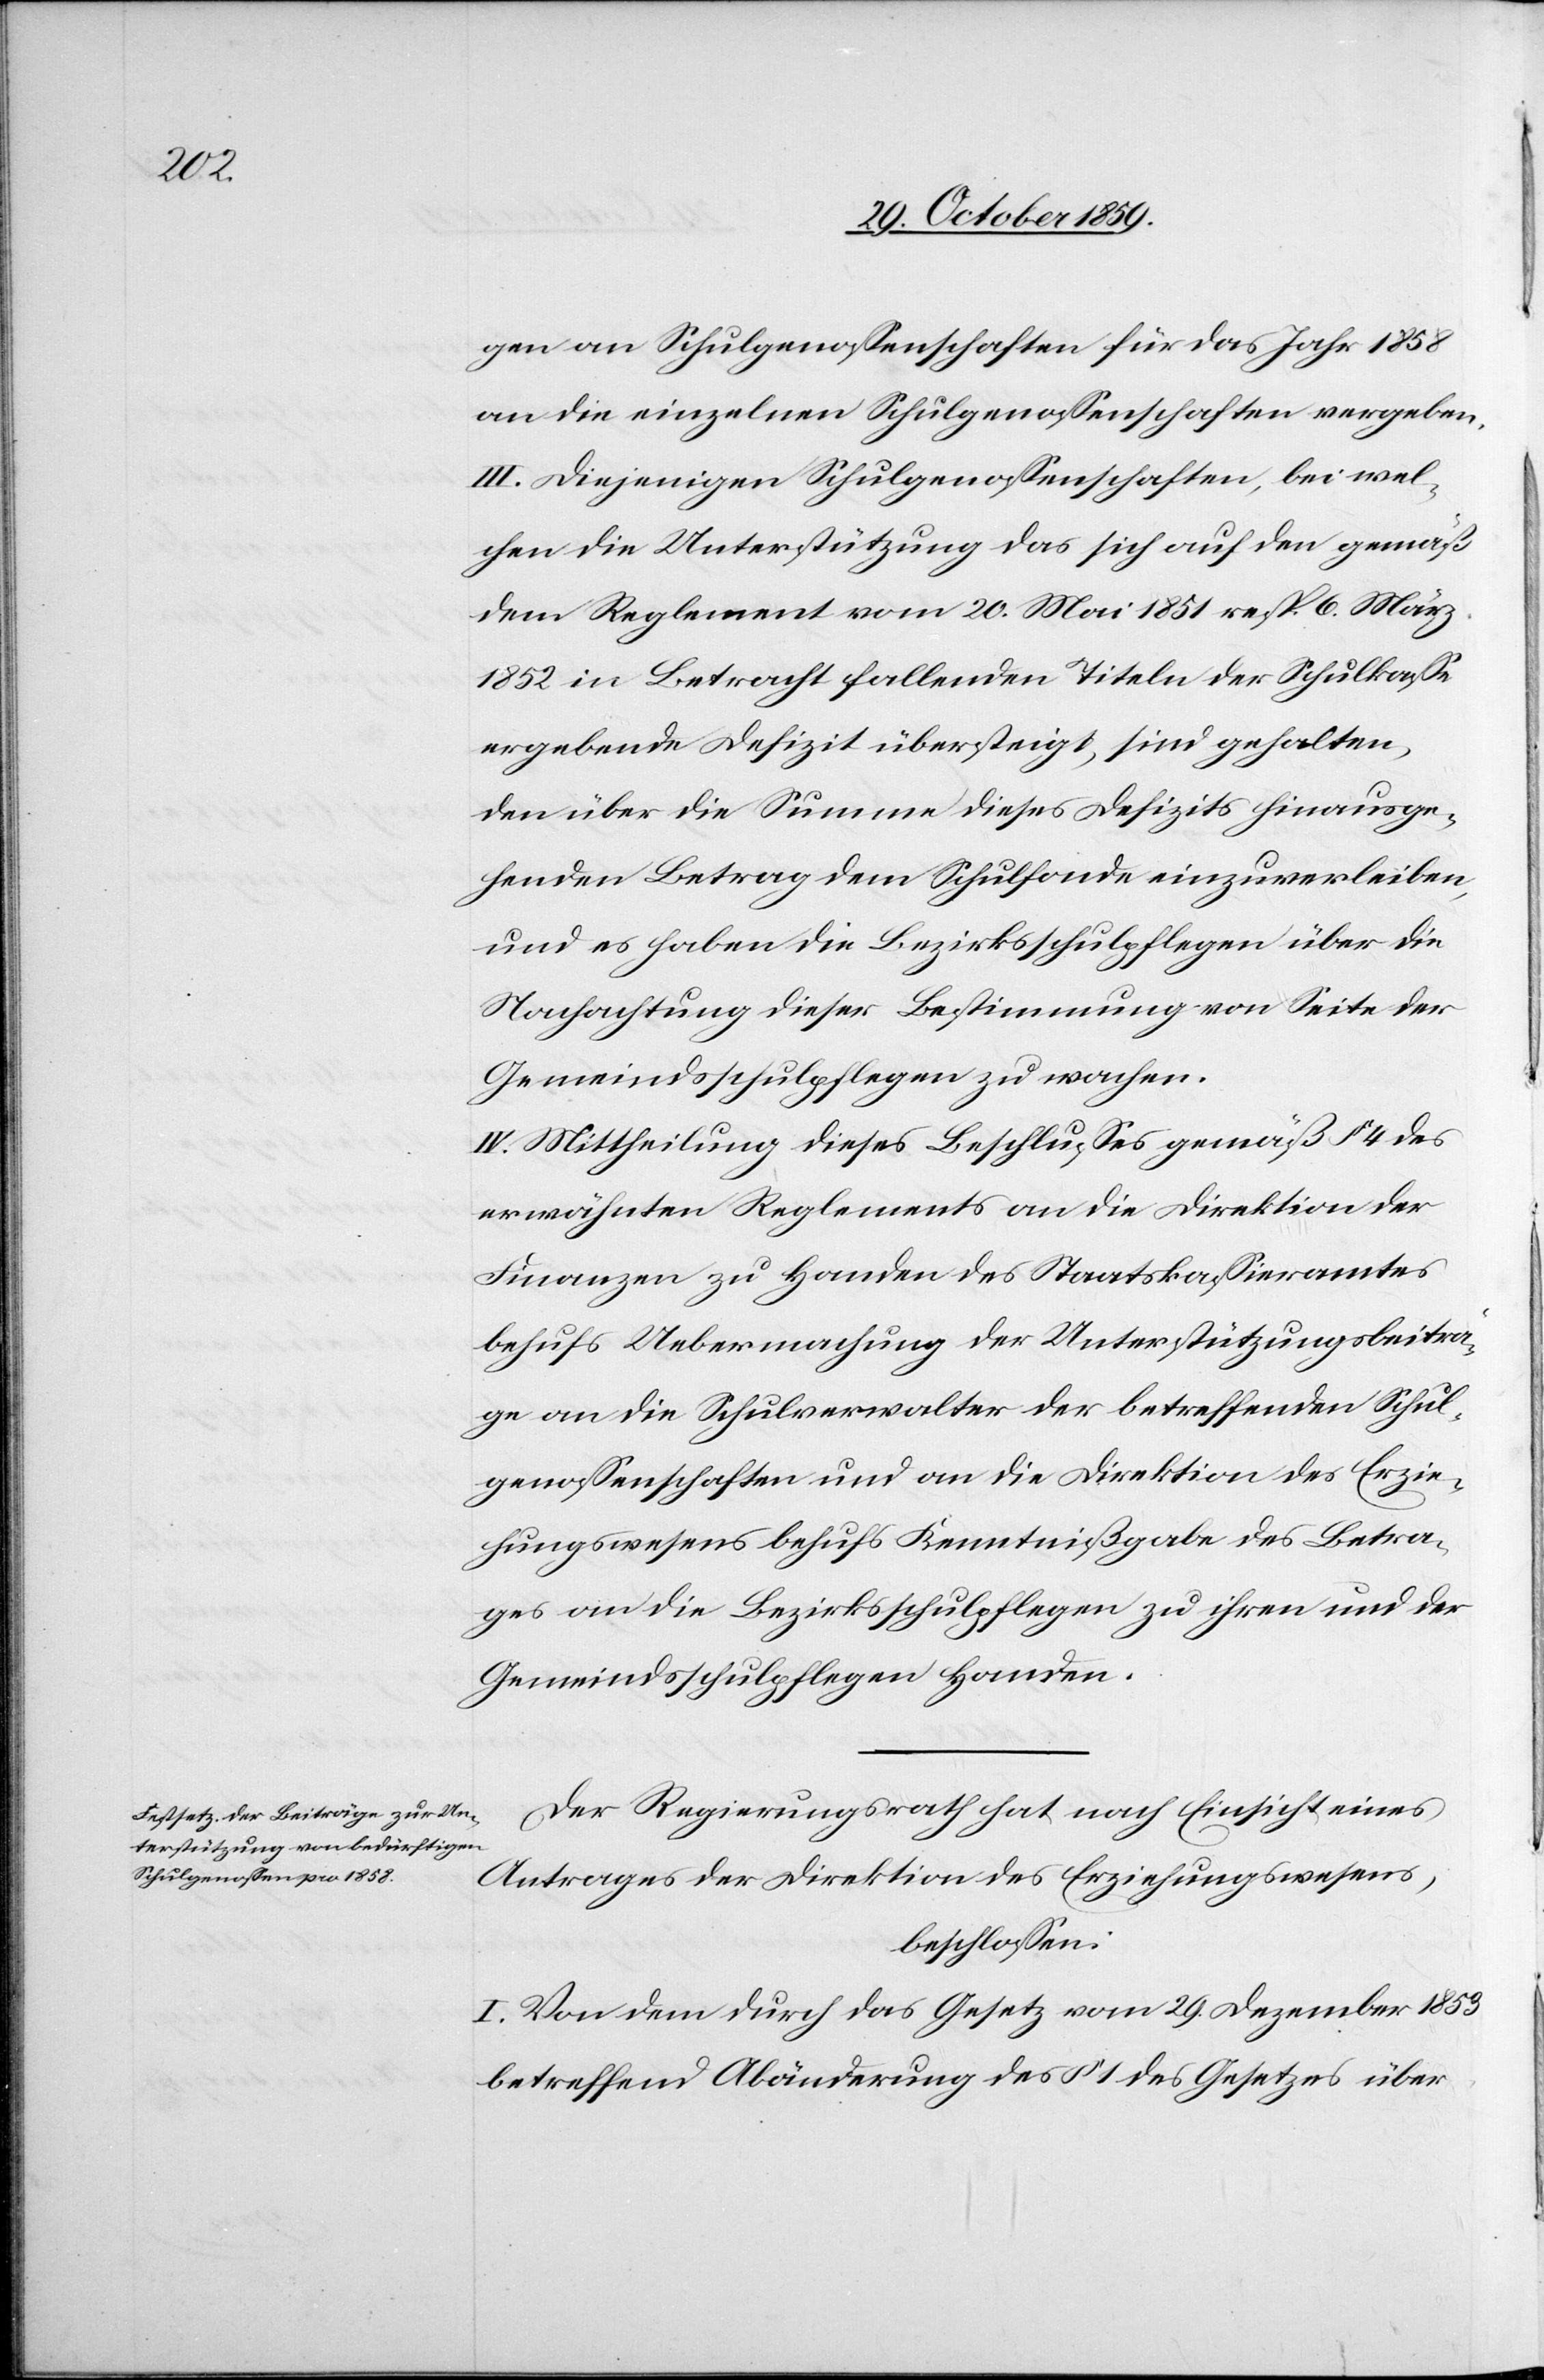
gen an Schulgenossenschaften für das Jahr 1858
an die einzelnen Schulgenossenschaften, bei wel¬
chen die Unterstützung das sich auf den gemäß
dem Reglement vom 20. Mai 1851 resp. 6. März
1852 in Betracht fallenden Titeln der Schulkasse
ergebende Defizit übersteigt, sind gehalten,
den über die Summen dieses Defizits hinausge¬
henden Betrag dem Schulfonde einzuverleiben,
und es haben die Bezirksschulpflegen über die
Nachachtung dieser Bestimmung von Seite der
Gemeindsschulpflegen zu wachen.
III. Mittheilung dieses Beschlusses gemäß § 4 des
erwähnten Reglements an die Direktion der
Finanzen zu Handen des Staatskassieramtes
behufs Uebermachung der Unterstützungsbeiträ¬
ge an die Schulverwalter der betreffenden Schul¬
genossenschaften und an die Direktion des Erzie¬
hungswesens behufs Kenntnißgabe des Betra¬
ges an die Bezirksschulpflegen zu ihren und der
Gemeindsschulpflegen Handen.
Der Regierungsrath hat nach Einsicht eines
Antrages der Direktion des Erziehungswesens,
beschlossen:
I. Von dem durch das Gesetz vom 29. Dezember 1853
betreffend Abänderung des § 1 des Gesetzes über